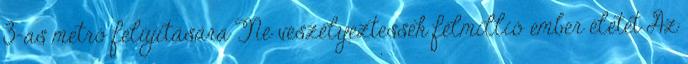
3-as metró felújítására Ne veszélyeztessék félmillió ember életét Az